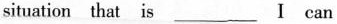
situation that is___Ⅰ can